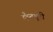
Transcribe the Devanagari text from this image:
कँटबूरी